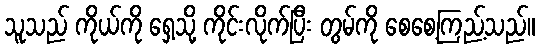
သူသည် ကိုယ်ကို ရှေ့သို့ ကိုင်းလိုက်ပြီး တွမ်ကို စေစေ့ကြည့်သည်။